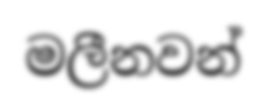
මලීනවන්